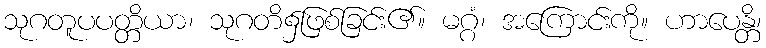
သုဂတူပပတ္တိယာ၊ သုဂတိ၌ဖြစ်ခြင်း၏။ မဂ္ဂံ၊ အကြောင်းကို။ ဟာပေန္တိ၊